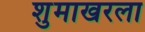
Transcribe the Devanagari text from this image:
शुमाखरला